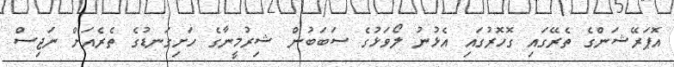
އޮޕަރޭޝަންގެ ތެރޭގައި ގޮހޮރުގައި އެޅުނު ލޯވަޅުގެ ސަބަބުން ޝިރުމީނާގެ ހަށިގަނޑުގެ ތެރެއަށް ނަޖިސް